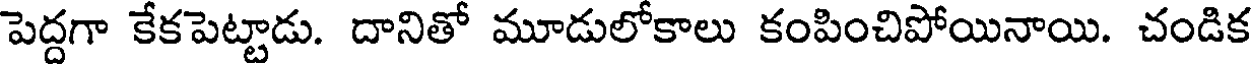
పెద్దగా కేకపెట్టాడు. దానితో మూడులోకాలు కంపించిపోయినాయి. చండిక